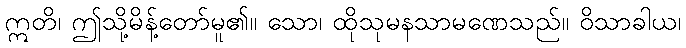
ဣတိ၊ ဤသို့မိန့်တော်မူ၏။ သော၊ ထိုသုမနသာမဏေသည်။ ဝိသာခါယ၊